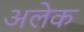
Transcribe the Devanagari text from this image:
अलेक